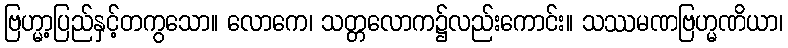
ဗြဟ္မာ့ပြည်နှင့်တကွသော။ လောကေ၊ သတ္တလောက၌လည်းကောင်း။ သဿမဏဗြဟ္မဏိယာ၊